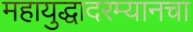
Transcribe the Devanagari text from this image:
महायुद्धादरम्यानचा